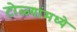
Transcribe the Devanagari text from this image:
टोळ्यांमध्ये